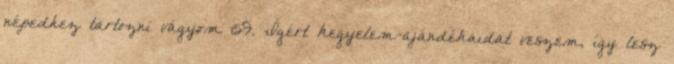
népedhez tartozni vágyom 159. Ígért kegyelem-ajándékaidat veszem, így lesz